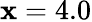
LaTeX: \mathbf{x}=4.0